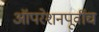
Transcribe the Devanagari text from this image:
ऑपरेशनपूर्वीच